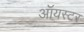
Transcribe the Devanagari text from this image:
ऑयस्टर